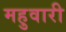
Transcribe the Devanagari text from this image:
महुवारी